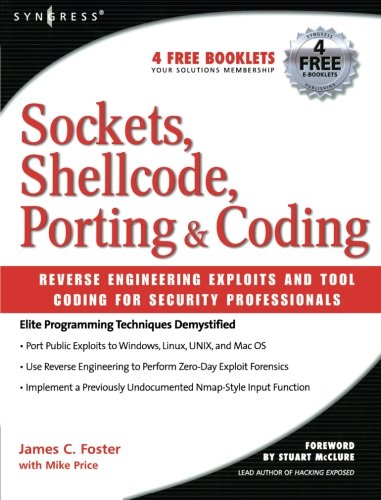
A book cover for Sockets, Shellcode, Porting, and Coding: Reverse Engineering Exploits and Tool Coding for Security Professionals; James C Foster; Computers & Technology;